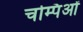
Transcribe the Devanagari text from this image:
चम्पिओं